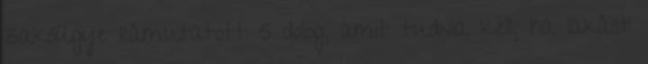
zakóügye rámutatott 5 dolog, amit tudnia kell, ha lakást